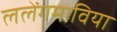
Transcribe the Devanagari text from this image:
ललेंगमाविया